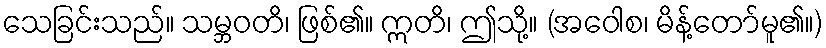
သေခြင်းသည်။ သမ္ဘဝတိ၊ ဖြစ်၏။ ဣတိ၊ ဤသို့။ (အဝေါစ၊ မိန့်တော်မူ၏။)